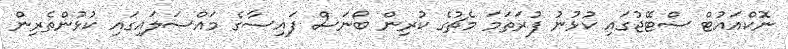
ނޮކްއައުޓް ސްޓޭޖުގައި ކުޅުނު ފުރަތަމަ މެޗުގެ ކުރިން ބޯނަސް ފައިސާގެ މައްސަލައިގައި ކުޅުންތެރިން